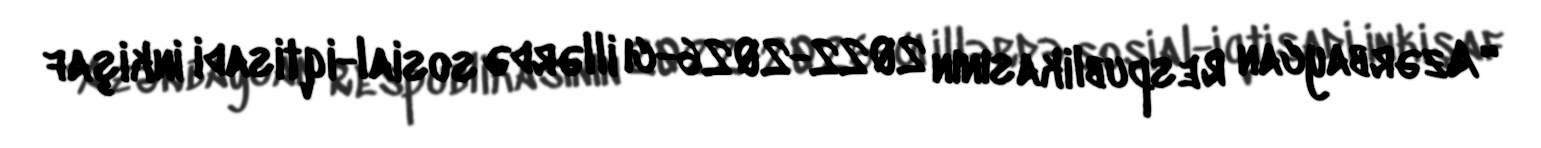
“Azərbaycan Respublikasının 2022-2026-cı illərdə sosial-iqtisadi inkişaf